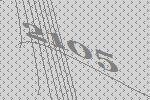
2105